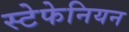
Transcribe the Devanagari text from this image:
स्टेफेनियन